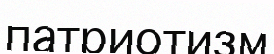
патриотизм